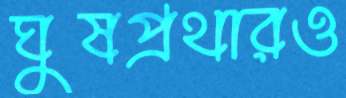
ঘুষপ্রথারও